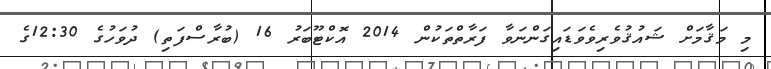
މި މަޤާމަށް ޝައުޤުވެރިވެވަޑައިގަންނަވާ ފަރާތްތަކުން 2014 އޮކްޓޫބަރު 16 (ބުރާސްފަތި) ދުވަހުގެ 12:30ގެ